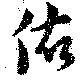
做